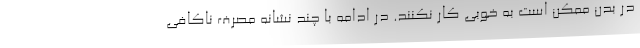
در بدن ممکن است به خوبی کار نکنند. در ادامه با چند نشانه مصرف ناکافی